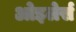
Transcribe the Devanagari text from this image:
ओइलेर्स